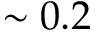
\sim 0 . 2